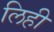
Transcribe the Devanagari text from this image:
लिही